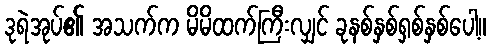
ဒုရဲအုပ်၏ အသက်က မိမိထက်ကြီးလျှင် ခုနစ်နှစ်ရှစ်နှစ်ပေါ့။